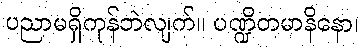
ပညာမရှိကုန်ဘဲလျက်။ ပဏ္ဍိတမာနိနော၊